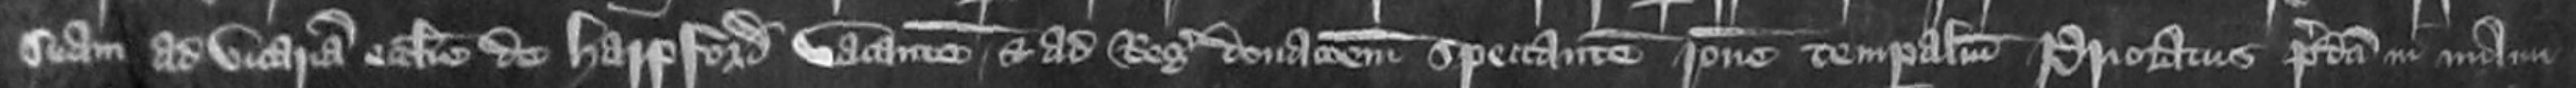
suam ad vicariam ecclesie de Harpford vacantem et ad Regis donacionem spectantem ratione temporalium prioratus predicti in manu